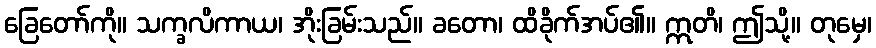
ခြေတော်ကို။ သက္ခလိကာယ၊ အိုးခြမ်းသည်။ ခတော၊ ထိခိုက်အပ်၏။ ဣတိ၊ ဤသို့။ တုမှေ၊